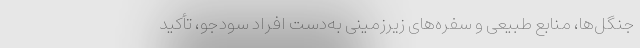
جنگل‌ها، منابع طبیعی و سفره‌های زیرزمینی به‌دست افراد سودجو، تأکید